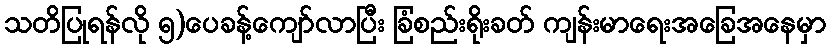
သတိပြုရန်လို ၅)ပေခန့်ကျော်လာပြီး ခြံစည်းရိုးခတ် ကျန်းမာရေးအခြေအနေမှာ